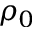
\rho _ { 0 }